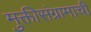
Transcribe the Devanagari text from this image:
मुक्तीसंग्रामाची